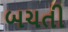
બચતી